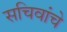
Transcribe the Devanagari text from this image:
सचिवांचे